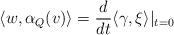
LaTeX: \begin{align*} \langle w,\alpha_Q(v)\rangle=\frac{d}{dt}\langle \gamma, \xi \rangle|_{t=0}\end{align*}